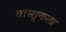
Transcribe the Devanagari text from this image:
वास्तु्कला